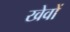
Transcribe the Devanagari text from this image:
खेवों